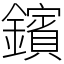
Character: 鑌